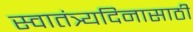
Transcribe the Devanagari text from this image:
स्वातंत्र्यदिनासाठी